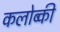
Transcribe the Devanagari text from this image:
कलोब्की